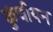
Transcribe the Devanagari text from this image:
कुंचीयन